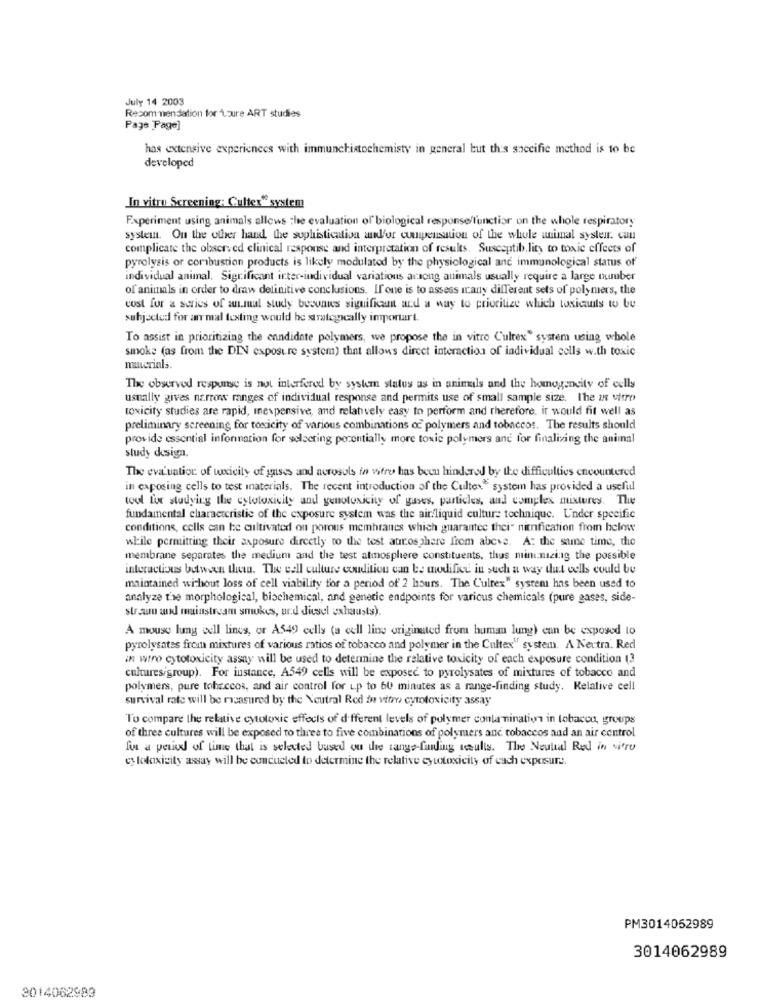
July 14 2003
Recommendation for Loure ART studies
Page Page]
has extensive experiences with immunchistochemisty in general but this specific method is to be
developed
In vitro Screening: Cultes" system
Experiment using animals allows the evaluation of biological response/functior on the whole respiratory
system. On the other hand the sophistication and/or compensation of the whole animal system. can
complicate the observed clinical response and interpretation of results. Susceptib.lity to toxic effects of
pyrolysis or combustion products is likely modulated by the physiological and immunological status of'
individual animal. Significant inter-individual variations arsong animals usually require a large number
of animals in order to draw delinitive conclusions. If one is to assess icany different sets of polymers, the
cost for a series of an.mual study beounws signifkaun and a way to prioritize which toxicants to be
subjected for an mal texting would be strategically importart.
To assist in prioritizing the candidate polymers, we propose the in vitro Cultex" system using whole
smoke (as from the DIN exposure system) that allows direct interaction of individual cells with toxic
materials.
The observed response is not interfered by system status as in animals and the homogencity of cells
usually gives narrow ranges of individual response and permits use of small sample size. The in vitro
toxicity studies are rapid, inexpensive, and relatively easy to perform and therefore, it would fit well as
preliminary screening for toxicity of various combinations of polymers and tobaccos. The results should
provide essential information for selecting pocentially more toxic polymers and for finalizing the animal
study design.
The evaluation of wxicity of gases and aerosols in vitro has been hindered by the difficulties encountered
in exposing cells to test inaterials. The recent introduction of the Cultex" system has provided a useful
tool for studying the cytotoxicity and yenotoxicity of gases, particles, and complex mixtures. The
fundamental characteristic of the exposure system was the air/liquid culture technique. Under specific
conditions, cells can be cultivated on porous membranes which guarantee thei" nienfication from below
while permitting their exposure directly to the test atmosphere from above. A: the same time, the
membrane separates the medium and the test atmosphere constituents, thus minimizing the possible
interactions between thea. The cell culture condition can be modifie in such a way that cells could be
maintained without loss of cell viability for a period of 2 hours. The C'ulrex" system has been used to
analyze the morphological, bischemical, and genetic endpoints for various chemicals (pure gases, side-
stranu and mainstream smukes, ur.d diesel exhausts).
A mouse lung cell lines, or A549 cells (a cell line originated from human lung) can be exposed to
pyrolysates from mixtures of various ratios of tobacco and polymer in the Cultex" system. A Neutra. Red
in wtro cytotoxicity assay will be used to determine the relative toxicity of each exposure condition (3
cultures/group). For instance, A549 cells will be exposed to pyrolysates of mistures of tobacco and
polymers, pure tobaccos, and air control for up to 60 minutes as a range-finding study. Relative cell
survival rate will be rasasured by the Neutral Red in vitro cytotoxicity assay
To compare the relative cytotoxic effects of different levels of polymer contamination in tobacco, groups
of three cultures will be exposed to three to five combinations of polymers and tobaccos and an air control
for a period of time that is selected based on the range-finding seulis. The Neutral Red in vitro
cytotoxicity assay will be conducted to determine the relative cytotoxicity of cach exposure.
PM3014052989
3014062989
3014062989